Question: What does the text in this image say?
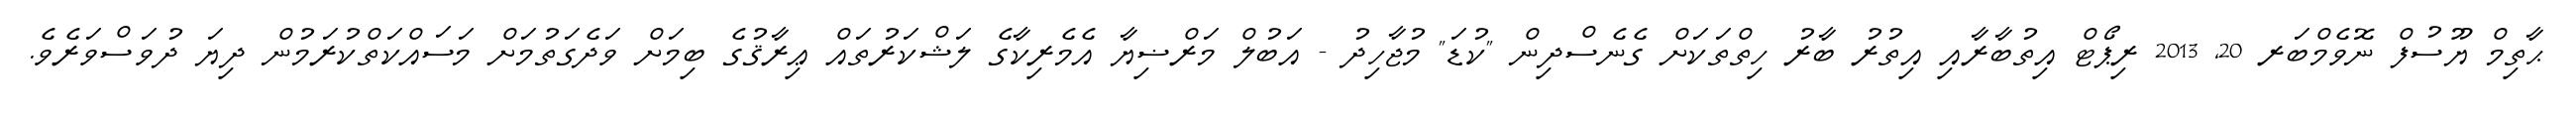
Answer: ޙާތިމް ޔޫސުފް ނޮވެމްބަރ 20, 2013 ރިޕޯޓް އިތުބާރާއި އިތުރު ބާރު ހިތްތަކަށް ގެނެސްދިން "ކުޑަ" މުޖާހިދު - އަބުލް މަރްޟިޔާ އެމެރިކާގެ ލަޝްކަރުތައް ޢިރާޤުގެ ބިމަށް ވަދެގަތުމަށް މަސައްކަތްކުރަމުން ދިޔަ ދުވަސްވަރެވެ.